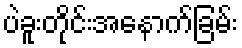
ပဲခူးတိုင်းအနောက်ခြမ်း